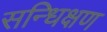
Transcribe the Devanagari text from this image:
सन्धिक्षण